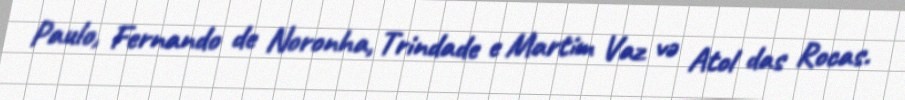
Paulo, Fernando de Noronha, Trindade e Martim Vaz və Atol das Rocas.